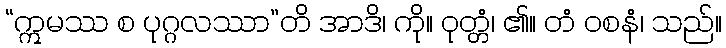
“ဣမဿ စ ပုဂ္ဂလဿာ”တိ အာဒိ၊ ကို။ ဝုတ္တံ၊ ၏။ တံ ဝစနံ၊ သည်။